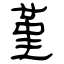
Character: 堇